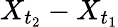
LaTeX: X_{t_{2}}-X_{t_{1}}